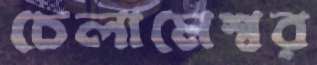
চেলামেশ্বর